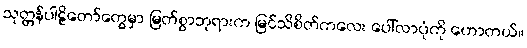
သုတ္တန်ပါဠိတော်တွေမှာ မြတ်စွာဘုရားက မြင်သိစိတ်ကလေး ပေါ်လာပုံကို ဟောတယ်။